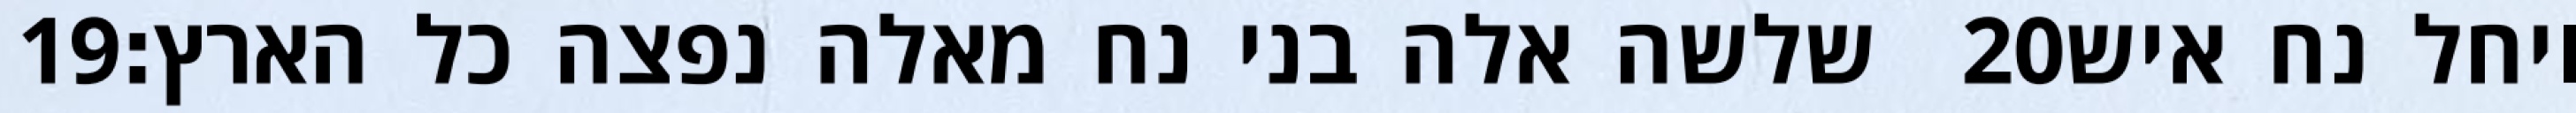
‎19‏ שלשה אלה בני נח מאלה נפצה כל הארץ׃ ‎20‏ ויחל נח איש